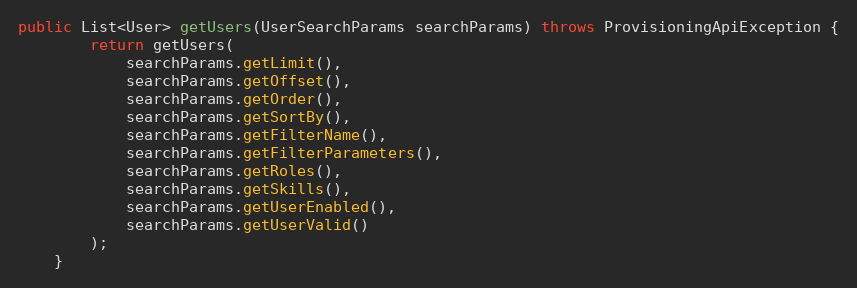
Language: Java
public List<User> getUsers(UserSearchParams searchParams) throws ProvisioningApiException {
		return getUsers(
			searchParams.getLimit(),
			searchParams.getOffset(),
			searchParams.getOrder(),
			searchParams.getSortBy(),
			searchParams.getFilterName(),
			searchParams.getFilterParameters(),
			searchParams.getRoles(),
			searchParams.getSkills(),
			searchParams.getUserEnabled(),
			searchParams.getUserValid()
		);
	}